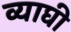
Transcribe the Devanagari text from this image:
व्याघी